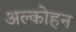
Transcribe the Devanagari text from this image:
अल्कोहन